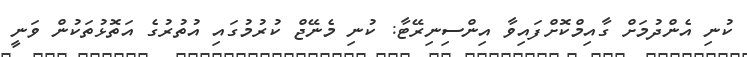
ކުނި އެންދުމަށް ގާއިމްކޮށްފައިވާ އިންސިނިރޭޓާ: ކުނި މެނޭޖް ކުރުމުގައި އުތުރުގެ އަތޮޅުތަކުން ވަނީ